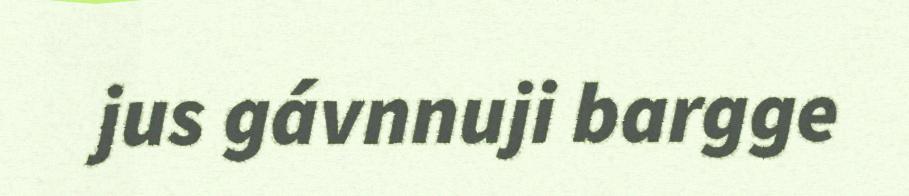
jus gávnnuji bargge